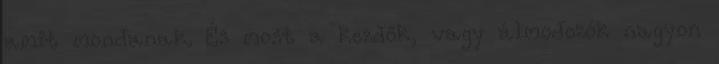
amit mondanak. És most a kezdők, vagy álmodozók nagyon